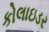
કોલાઇડર